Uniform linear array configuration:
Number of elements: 48
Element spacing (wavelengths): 0.75
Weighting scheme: binomial
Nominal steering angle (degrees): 15
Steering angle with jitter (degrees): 13.103
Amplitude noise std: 0.05
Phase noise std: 0.05

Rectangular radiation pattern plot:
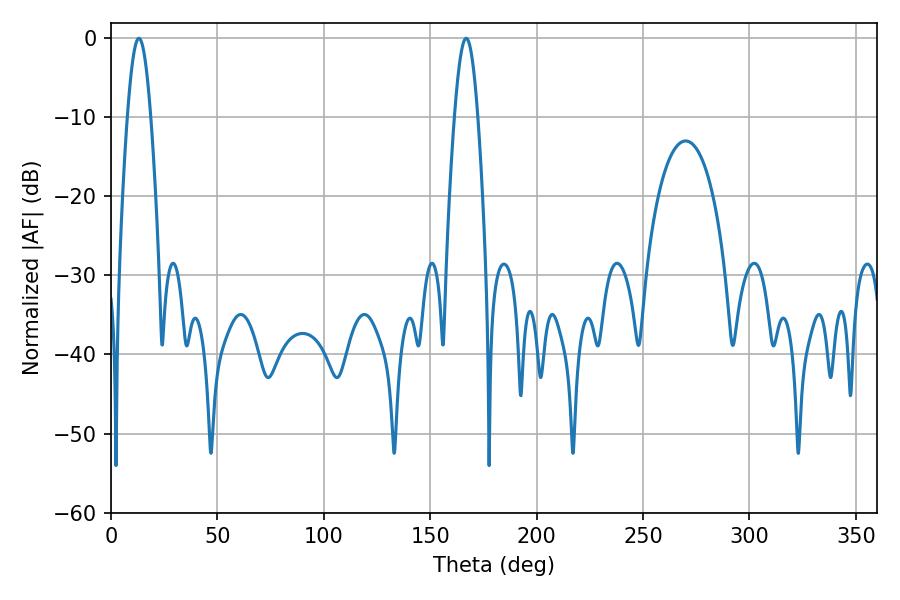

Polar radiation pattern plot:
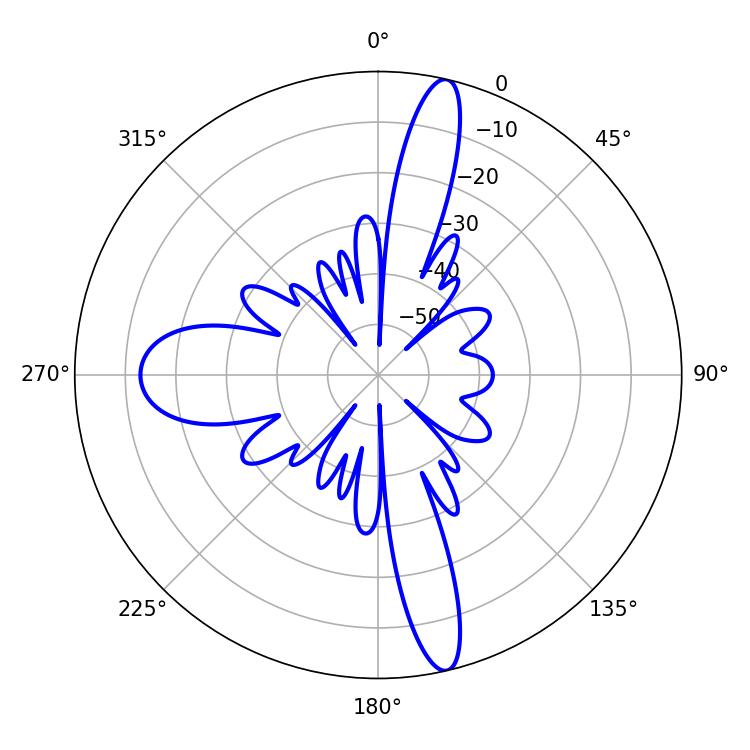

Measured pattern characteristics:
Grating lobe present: TRUE
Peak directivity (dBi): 17.535
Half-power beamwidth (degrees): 5.76
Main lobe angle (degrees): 13.14